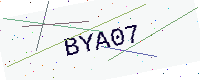
Text: BYA07